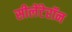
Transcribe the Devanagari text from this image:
सीलेंटेरॉन